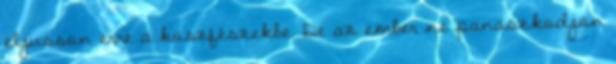
eljusson erre a koszfészekbe. De az ember ne panaszkodjon